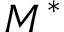
M ^ { * }